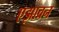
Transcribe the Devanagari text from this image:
एझावन